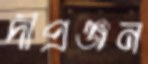
দীপ্রঞ্জন